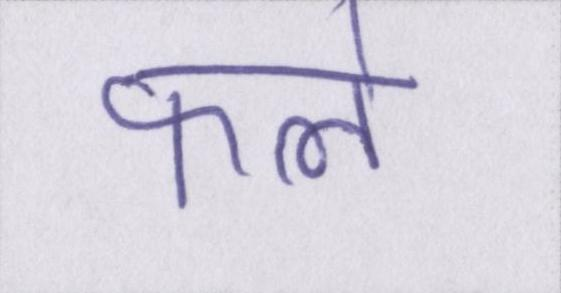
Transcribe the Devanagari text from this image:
फले